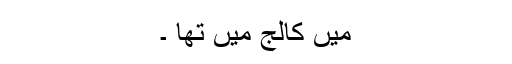
میں کالج میں تھا ۔